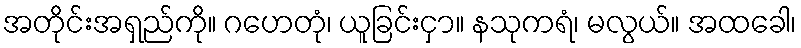
အတိုင်းအရှည်ကို။ ဂဟေတုံ၊ ယူခြင်းငှာ။ နသုကရံ၊ မလွယ်။ အထခေါ၊